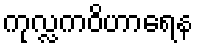
ကုလ္လကဝိဟာရေန